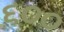
૬૦૦